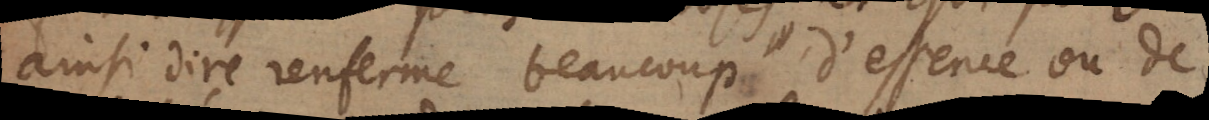
ainsi dire renferme beaucoup d’essence ou de